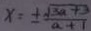
x = \pm \frac { \sqrt { 3 a + 3 } } { a + 1 }